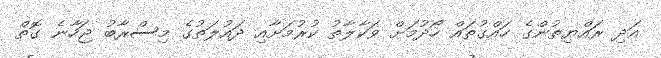
އަދި ރައްޔިތުންގެ ހައްގުތައް ހޯދުމަށް ވަކާލާތު ކުރުމަށާއި ދައުލަތުގެ މިސްރާބު ޖަހާނެ ގޮތް